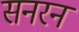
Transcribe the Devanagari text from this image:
सनरन